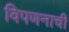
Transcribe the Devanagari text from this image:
विपणनाची